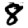
Digit: 8